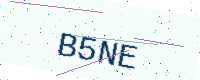
Text: B5NE